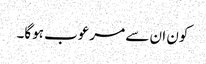
کون ان سے مرعوب ہوگا۔